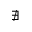
\nexists